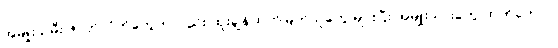
အမျိုးသမီး ဇာတ်လိုက်တွေကလည်း ထူးချွန်ထက်မြက်သူတွေ များပြီး အမျိုးသားတွေ ထက်တောင်